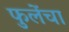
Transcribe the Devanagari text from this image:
फुलेंचा